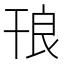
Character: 𭙃